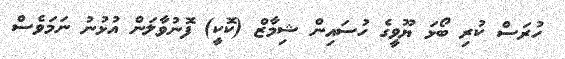
ހުރަސް ކުރި ބޯޅަ ޔޫވީގެ ހުސައިން ޝިމާޒް (ކޮކީ) ފޮނުވާލަން އުޅުނު ނަމަވެސް